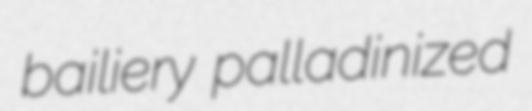
bailiery palladinized